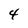
Character: 4